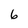
Character: 6